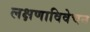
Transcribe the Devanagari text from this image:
लक्षणाविवेचन